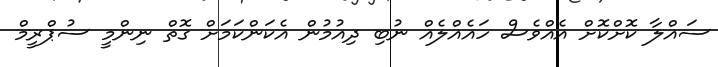
ސައްލާ ކޮށްކޮށް އެއްވެސް ހައެއްލެއް ނުބި ދިއުމުން އެކަންކަމަށް ގޮތް ނިންމީ ސުޕްރީމް